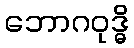
ဘောဂဝုဒ္ဓိ